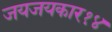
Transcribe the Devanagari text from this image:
जयजयकार१४